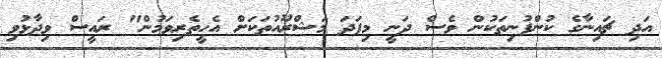
އަދި ޗައިނާގެ ކުންފުނިތަކުން ވެސް ދަނީ މިފަދަ މަޝްރޫއުތަކަށް އެހީތެރިވަމުން" ރައީސް ވިދާޅުވި